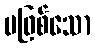
မဖြစ်သော